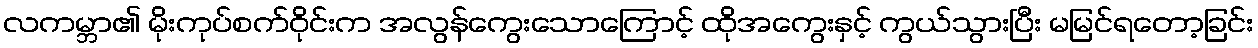
လကမ္ဘာ၏ မိုးကုပ်စက်ဝိုင်းက အလွန်ကွေးသောကြောင့် ထိုအကွေးနှင့် ကွယ်သွားပြီး မမြင်ရတော့ခြင်း